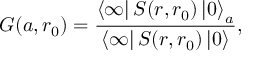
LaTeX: G ( a , r _ { 0 } ) = \frac { \left\langle \infty \right| S ( r , r _ { 0 } ) \left| 0 \right\rangle _ { a } } { \left\langle \infty \right| S ( r , r _ { 0 } ) \left| 0 \right\rangle } ,